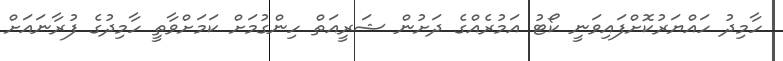
ހާމިދު ހައްޔަރުކޮށްފައިވަނީ ކޯޓު އަމުރެއްގެ ދަށުން ޝަރީއަތް ހިންގުމަށް ކަމަށްވާތީ ހާމިދުގެ ފުރާނައަށް